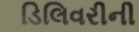
ડિલિવરીની